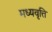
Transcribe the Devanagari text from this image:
मध्यवृत्ति